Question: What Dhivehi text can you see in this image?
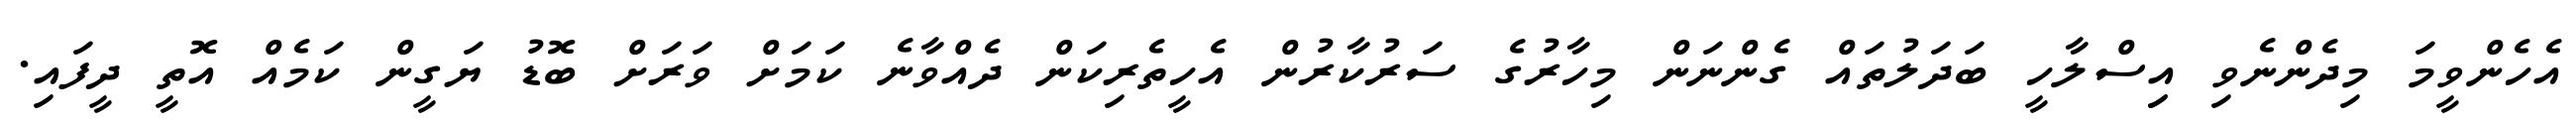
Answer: އެހެންވީމަ މިދެންނެވި އިިސްލާހީ ބަދަލުތައް ގެންނަން މިހާރުގެ ސަރުކާރުން އެހީތެރިކަން ދެއްވާނެ ކަމަށް ވަރަށް ބޮޑު ޔަގީން ކަމެއް އޮތީ ދީފައި.